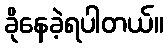
ခိုနေခဲ့ရပါတယ်။